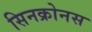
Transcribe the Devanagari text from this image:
सिनक्रोनस